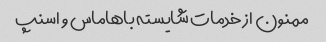
ممنون از خدمات شایسته باهاماس و اسنپ